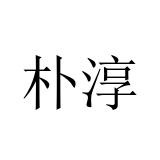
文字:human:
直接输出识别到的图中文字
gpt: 朴淳